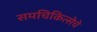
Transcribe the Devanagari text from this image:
समचिकित्सेचे